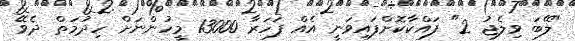
"ލޭބަ ވިލެޖު 2" ފައްކާކޮށްފައިވަނީ އެއް ފަހަރާ 13000 މީހުންނަށް ހިދުމަތް ދެވޭ